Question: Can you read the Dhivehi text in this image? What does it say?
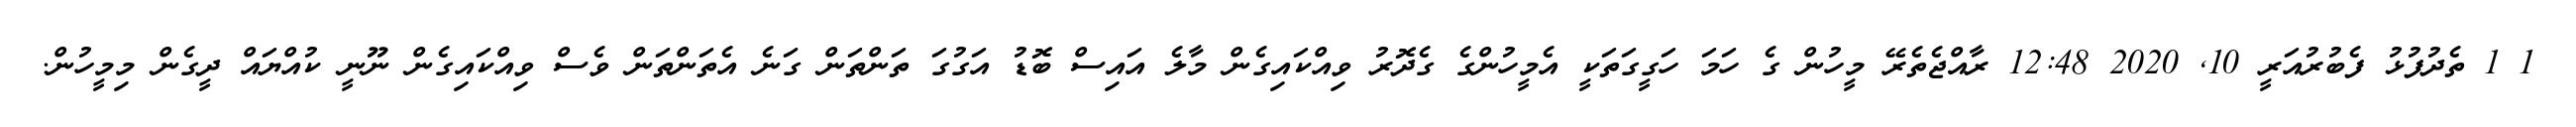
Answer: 1 1 ތެދުފުޅު ފެބުރުއަރީ 10, 2020 12:48 ރާއްޖެތެރޭ މީހުން ގެ ހަމަ ހަގީގަތަކީ އެމީހުންގެ ގެދޮރު ވިއްކައިގެން މާލެ އައިސް ބޮޑު އަގުގަ ތަންތަން ގަނެ އެތަންތަން ވެސް ވިއްކައިގެން ނޫނީ ކުއްޔައް ދީގެން މިމީހުން.